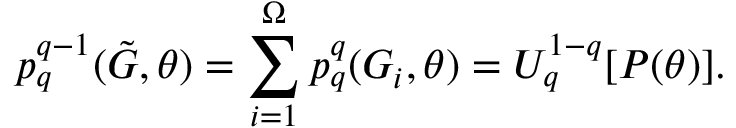
p _ { q } ^ { q - 1 } ( \tilde { G } , \theta ) = \sum _ { i = 1 } ^ { \Omega } p _ { q } ^ { q } ( G _ { i } , \theta ) = U _ { q } ^ { 1 - q } [ P ( \theta ) ] .